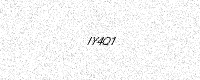
Text: IY4Q1